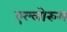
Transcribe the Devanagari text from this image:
एल्लोरुम